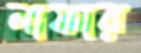
লাফার